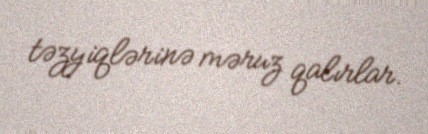
təzyiqlərinə məruz qalırlar.